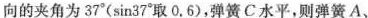
向的夹角为37°(sin37°取0.6)，弹簧C水平，则弹簧A、